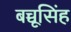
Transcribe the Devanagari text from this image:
बच्चूसिंह